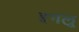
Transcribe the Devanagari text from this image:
इगलू